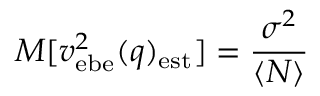
M [ v _ { \mathrm { e b e } } ^ { 2 } ( q ) _ { \mathrm { e s t } } ] = { \frac { \sigma ^ { 2 } } { \langle N \rangle } }